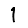
Digit: 1